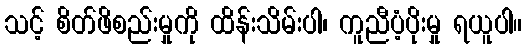
သင့် စိတ်ဖိစည်းမှုကို ထိန်းသိမ်းပါ၊ ကူညီပံ့ပိုးမှု ရယူပါ။